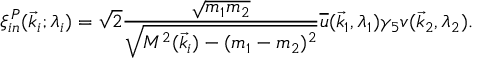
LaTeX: \xi _ { i n } ^ { P } ( \vec { k } _ { i } ; \lambda _ { i } ) = \sqrt { 2 } { \frac { \sqrt { m _ { 1 } m _ { 2 } } } { \sqrt { { \cal M } ^ { 2 } ( \vec { k } _ { i } ) - ( m _ { 1 } - m _ { 2 } ) ^ { 2 } } } } { \overline { { u } } } ( \vec { k } _ { 1 } , \lambda _ { 1 } ) \gamma _ { 5 } v ( \vec { k } _ { 2 } , \lambda _ { 2 } ) .